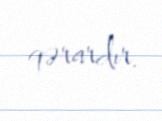
qərardır.